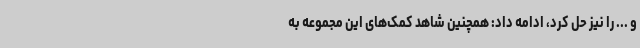
و ... را نیز حل کرد، ادامه داد: همچنین شاهد کمک‌های این مجموعه به